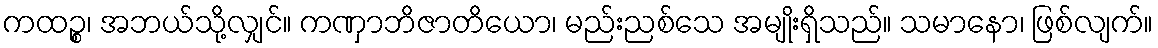
ကထဉ္စ၊ အဘယ်သို့လျှင်။ ကဏှာဘိဇာတိယော၊ မည်းညစ်သေ အမျိုးရှိသည်။ သမာနော၊ ဖြစ်လျက်။